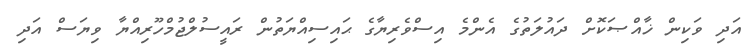
އަދި ވަކިން ޚާއްޞަކޮށް ދައުލަތުގެ އެންމެ އިސްވެރިޔާގެ ޙައިސިއްޔަތުން ރައީސުލްޖުމްހޫރިއްޔާ ވިޔަސް އަދި